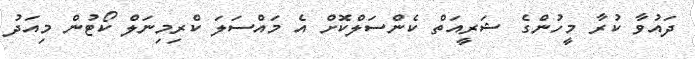
ދައުވާ ކުރާ މީހުންގެ ޝަރީއަތް ކެންސަލްކޮށް އެ މައްސަލަ ކްރިމިނަލް ކޯޓުން މިއަދު